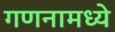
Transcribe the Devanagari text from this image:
गणनामध्ये